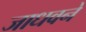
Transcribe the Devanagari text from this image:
जाधवने